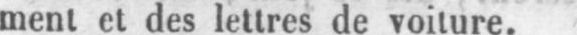
ment et des lettres de voiture.